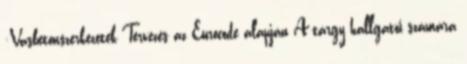
:Vasbetonszerkezetek Tervezés az Eurocode alapján A tárgy hallgatói számára